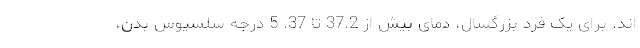
اند. برای یک فرد بزرگسال، دمای بیش از 37.2 تا 37. 5 درجه سلسیوس بدن،